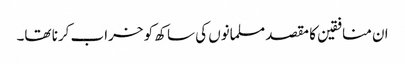
ان منافقین کا مقصد مسلمانوں کی ساکھ کو خراب کرنا تھا۔